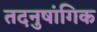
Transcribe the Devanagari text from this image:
तदनुषांगिक